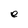
Character: e